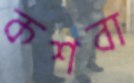
কশবা